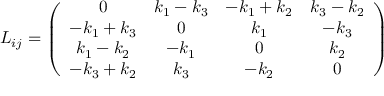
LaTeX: L _ { i j } = \left( \begin{array} { c c c c } { { 0 } } & { { k _ { 1 } - k _ { 3 } } } & { { - k _ { 1 } + k _ { 2 } } } & { { k _ { 3 } - k _ { 2 } } } \\ { { - k _ { 1 } + k _ { 3 } } } & { { 0 } } & { { k _ { 1 } } } & { { - k _ { 3 } } } \\ { { k _ { 1 } - k _ { 2 } } } & { { - k _ { 1 } } } & { { 0 } } & { { k _ { 2 } } } \\ { { - k _ { 3 } + k _ { 2 } } } & { { k _ { 3 } } } & { { - k _ { 2 } } } & { { 0 } } \end{array} \right)